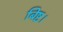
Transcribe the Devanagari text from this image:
बिष्ट।